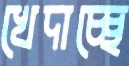
খেদাচ্ছে